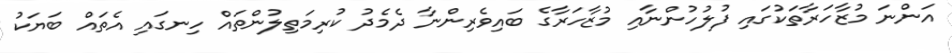
އަންނަ މުޒާހަރާތަކުގައި ފުލުހުންނާއި މުޒާހަރާގެ ބައިވެރިންނާ ދެމެދު ކުރިމަތިލުންތައް ހިނގައި އެތައް ބަޔަކު